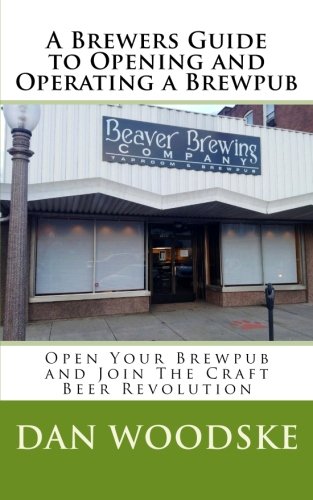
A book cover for A Brewers Guide to Opening and Operating a Brewpub; Dan Woodske; Cookbooks, Food & Wine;